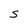
Character: S